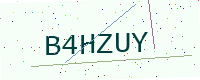
Text: B4HZUY